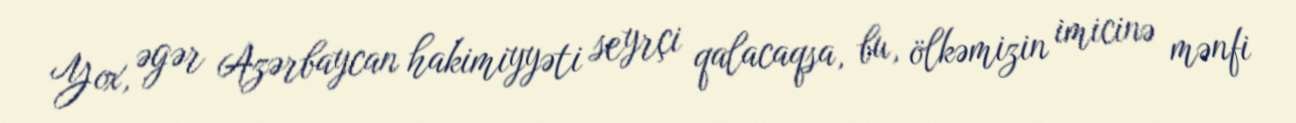
Yox, əgər Azərbaycan hakimiyyəti seyrçi qalacaqsa, bu, ölkəmizin imicinə mənfi